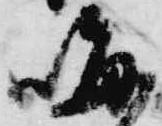
晦